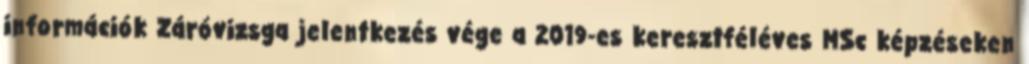
információk Záróvizsga jelentkezés vége a 2019-es keresztféléves MSc képzéseken